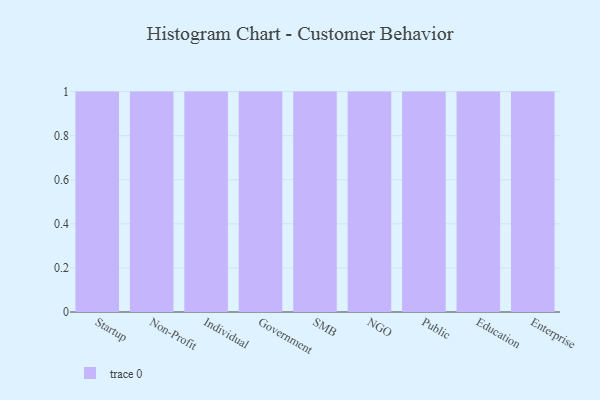
{"axis": {"x": "Segment", "y": "Waste Production (Tons)"}, "legend": [""], "data": [{"x": "Startup", "y": 7, "type": ""}, {"x": "Non-Profit", "y": 92, "type": ""}, {"x": "Individual", "y": 51, "type": ""}, {"x": "Government", "y": 99, "type": ""}, {"x": "SMB", "y": 51, "type": ""}, {"x": "NGO", "y": 71, "type": ""}, {"x": "Public", "y": 78, "type": ""}, {"x": "Education", "y": 35, "type": ""}, {"x": "Enterprise", "y": 87, "type": ""}]}